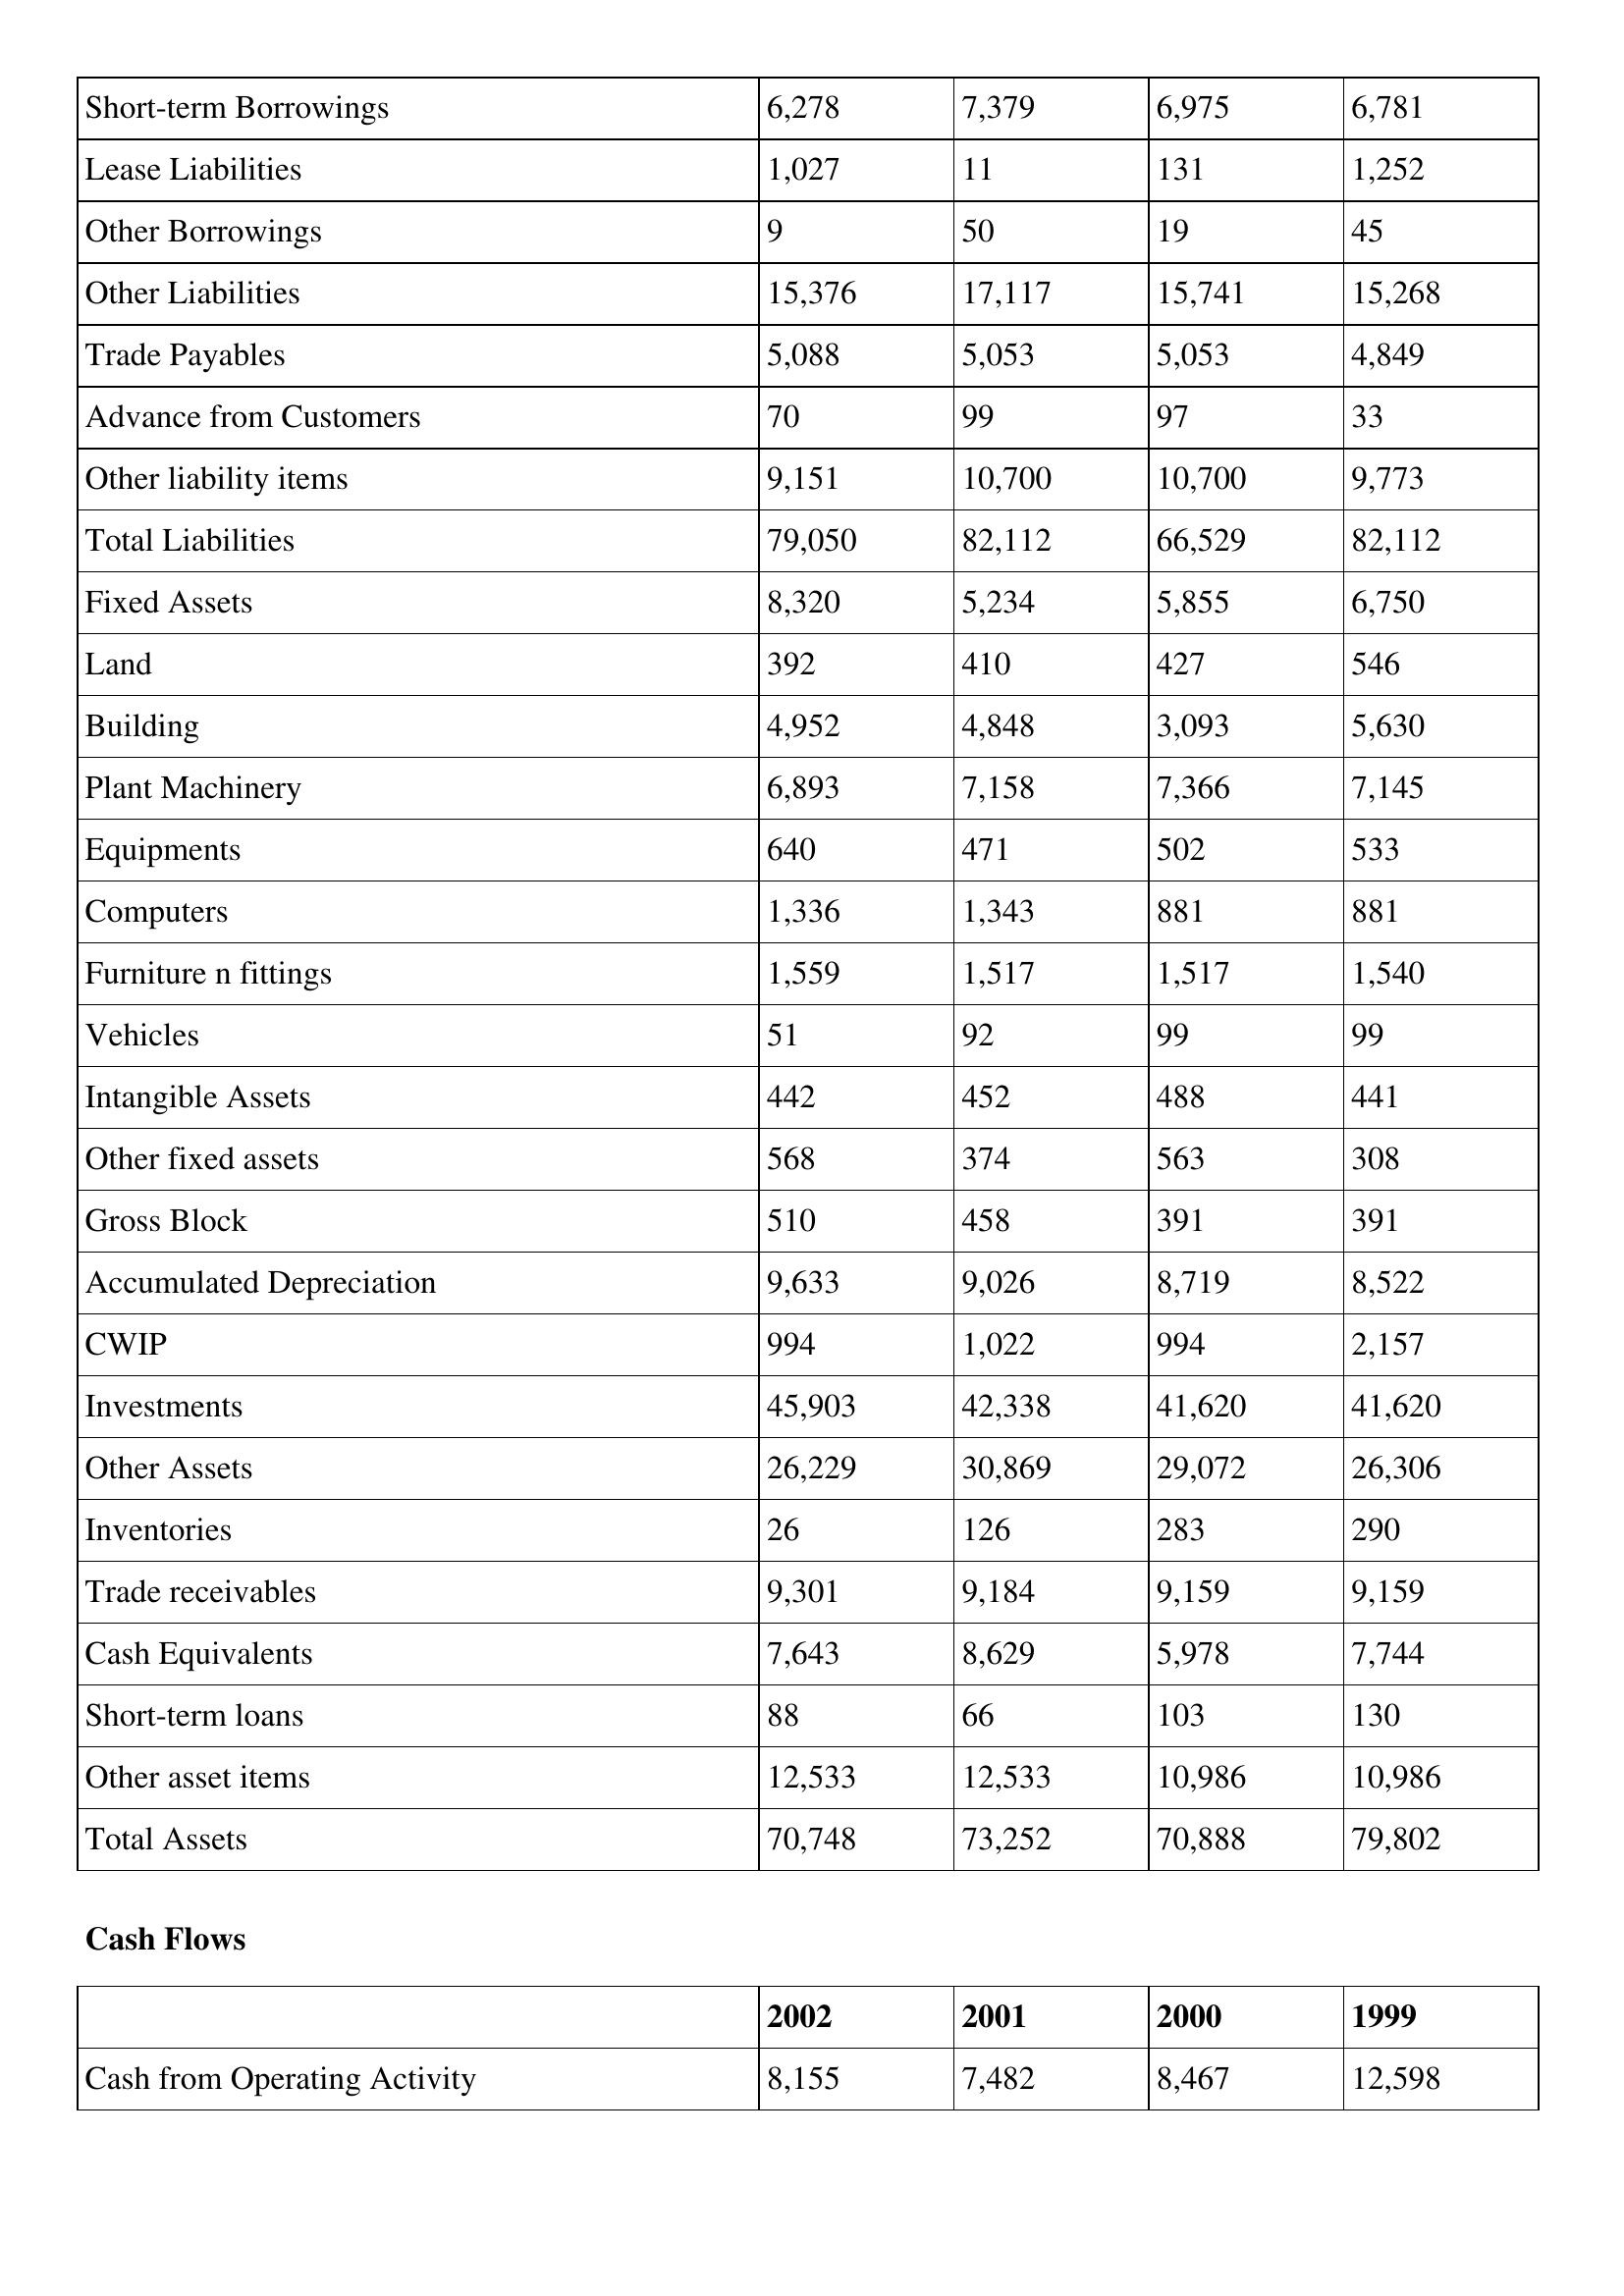
gt_parse: 2002: Balance Sheet: Short-term Borrowings: 6,278
Lease Liabilities: 1,027
Other Borrowings: 9
Other Liabilities: 15,376
Trade Payables: 5,088
Advance from Customers: 70
Other liability items: 9,151
Total Liabilities: 79,050
Fixed Assets: 8,320
Land: 392
Building: 4,952
Plant Machinery: 6,893
Equipments: 640
Computers: 1,336
Furniture n fittings: 1,559
Vehicles: 51
Intangible Assets: 442
Other fixed assets: 568
Gross Block: 510
Accumulated Depreciation: 9,633
CWIP: 994
Investments: 45,903
Other Assets: 26,229
Inventories: 26
Trade receivables: 9,301
Cash Equivalents: 7,643
Short-term loans: 88
Other asset items: 12,533
Total Assets: 70,748
Cash Flows: Cash from Operating Activity: 8,155
2001: Balance Sheet: Short-term Borrowings: 7,379
Lease Liabilities: 11
Other Borrowings: 50
Other Liabilities: 17,117
Trade Payables: 5,053
Advance from Customers: 99
Other liability items: 10,700
Total Liabilities: 82,112
Fixed Assets: 5,234
Land: 410
Building: 4,848
Plant Machinery: 7,158
Equipments: 471
Computers: 1,343
Furniture n fittings: 1,517
Vehicles: 92
Intangible Assets: 452
Other fixed assets: 374
Gross Block: 458
Accumulated Depreciation: 9,026
CWIP: 1,022
Investments: 42,338
Other Assets: 30,869
Inventories: 126
Trade receivables: 9,184
Cash Equivalents: 8,629
Short-term loans: 66
Other asset items: 12,533
Total Assets: 73,252
Cash Flows: Cash from Operating Activity: 7,482
2000: Balance Sheet: Short-term Borrowings: 6,975
Lease Liabilities: 131
Other Borrowings: 19
Other Liabilities: 15,741
Trade Payables: 5,053
Advance from Customers: 97
Other liability items: 10,700
Total Liabilities: 66,529
Fixed Assets: 5,855
Land: 427
Building: 3,093
Plant Machinery: 7,366
Equipments: 502
Computers: 881
Furniture n fittings: 1,517
Vehicles: 99
Intangible Assets: 488
Other fixed assets: 563
Gross Block: 391
Accumulated Depreciation: 8,719
CWIP: 994
Investments: 41,620
Other Assets: 29,072
Inventories: 283
Trade receivables: 9,159
Cash Equivalents: 5,978
Short-term loans: 103
Other asset items: 10,986
Total Assets: 70,888
Cash Flows: Cash from Operating Activity: 8,467
1999: Balance Sheet: Short-term Borrowings: 6,781
Lease Liabilities: 1,252
Other Borrowings: 45
Other Liabilities: 15,268
Trade Payables: 4,849
Advance from Customers: 33
Other liability items: 9,773
Total Liabilities: 82,112
Fixed Assets: 6,750
Land: 546
Building: 5,630
Plant Machinery: 7,145
Equipments: 533
Computers: 881
Furniture n fittings: 1,540
Vehicles: 99
Intangible Assets: 441
Other fixed assets: 308
Gross Block: 391
Accumulated Depreciation: 8,522
CWIP: 2,157
Investments: 41,620
Other Assets: 26,306
Inventories: 290
Trade receivables: 9,159
Cash Equivalents: 7,744
Short-term loans: 130
Other asset items: 10,986
Total Assets: 79,802
Cash Flows: Cash from Operating Activity: 12,598